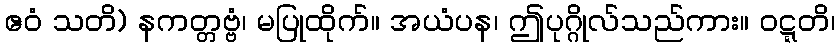
ဧဝံ သတိ) နကတ္တဗ္ဗံ၊ မပြုထိုက်။ အယံပန၊ ဤပုဂ္ဂိုလ်သည်ကား။ ဝဋ္ဋတိ၊